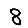
Digit: 8